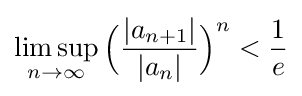
\limsup _{n\rightarrow \infty }{\Big (}{\frac {|a_{n+1}|}{|a_{n}|}}{\Big )}^{n}<{\frac {1}{e}}